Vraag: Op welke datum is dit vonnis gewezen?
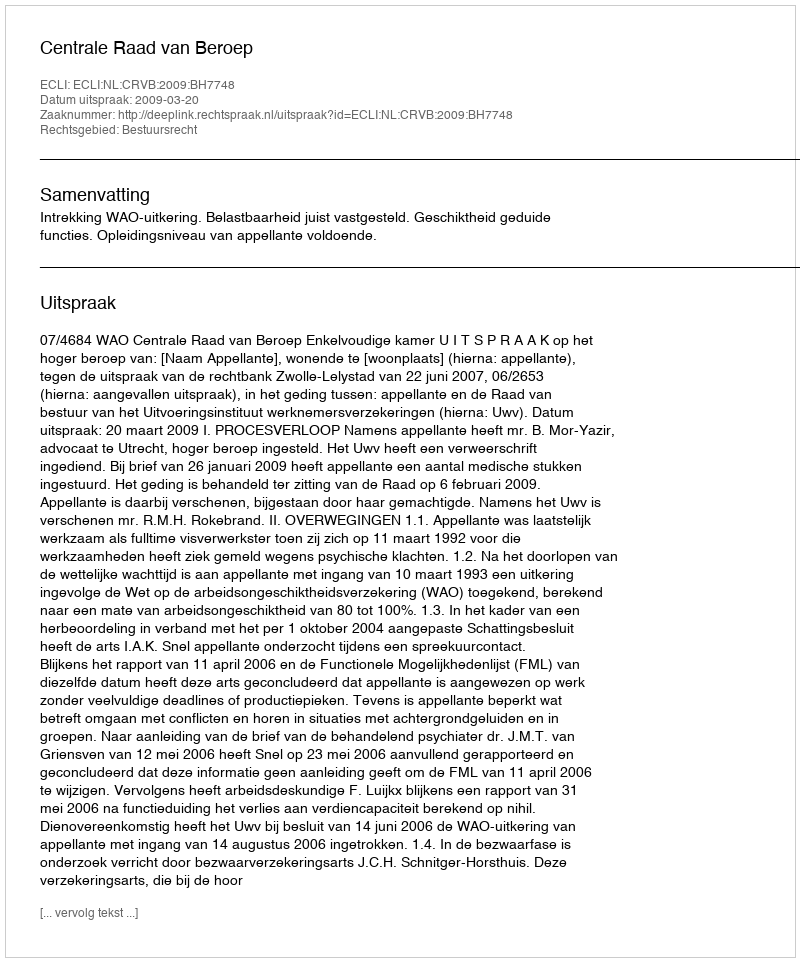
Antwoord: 2009-03-20